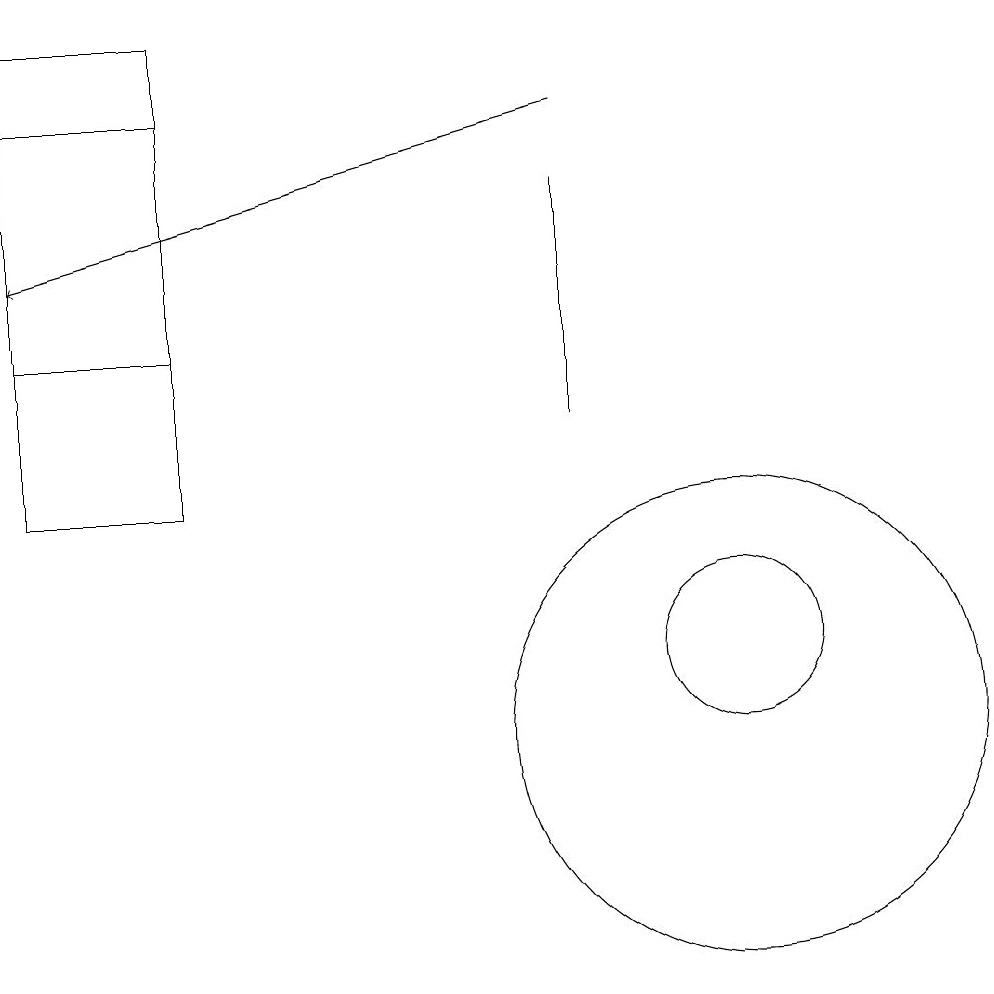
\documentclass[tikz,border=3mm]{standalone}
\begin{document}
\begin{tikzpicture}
\draw (9,14) rectangle (9,17);
\draw (4,19) rectangle (2,15);
\draw[->] (9,18) -- (2,16);
\draw (4,18) rectangle (2,13);
\draw (11,11) circle (1);
\draw (11,10) circle (3);
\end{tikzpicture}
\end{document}